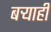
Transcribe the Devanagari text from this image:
बर्‍याही